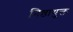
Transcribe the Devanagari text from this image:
निष्ठायुक्त